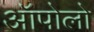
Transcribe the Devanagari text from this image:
ऑपोलो